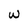
Character: w